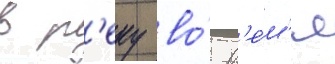
в р'еку во́ вр'е́м'я